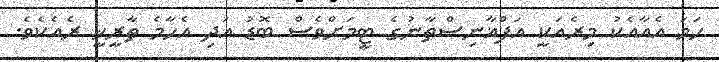
ހަމަ އެއާއެކު މިރެއަކީ އަފްޣާނިސްތާނުގެ ޓީމަށްވެސް ބޮޑު އަދި އެހާމެ ތާރީޚީ ރެއެކެވެ.